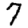
Digit: 7